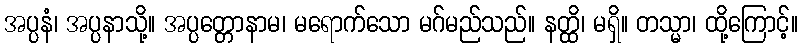
အပ္ပနံ၊ အပ္ပနာသို့။ အပ္ပတ္တောနာမ၊ မရောက်သော မဂ်မည်သည်။ နတ္ထိ၊ မရှိ။ တသ္မာ၊ ထို့ကြောင့်။